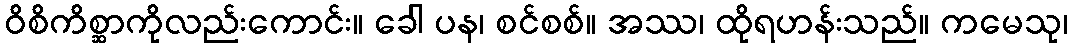
ဝိစိကိစ္ဆာကိုလည်းကောင်း။ ခေါ ပန၊ စင်စစ်။ အဿ၊ ထိုရဟန်းသည်။ ကမေသု၊